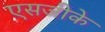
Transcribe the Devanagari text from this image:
एसजीके